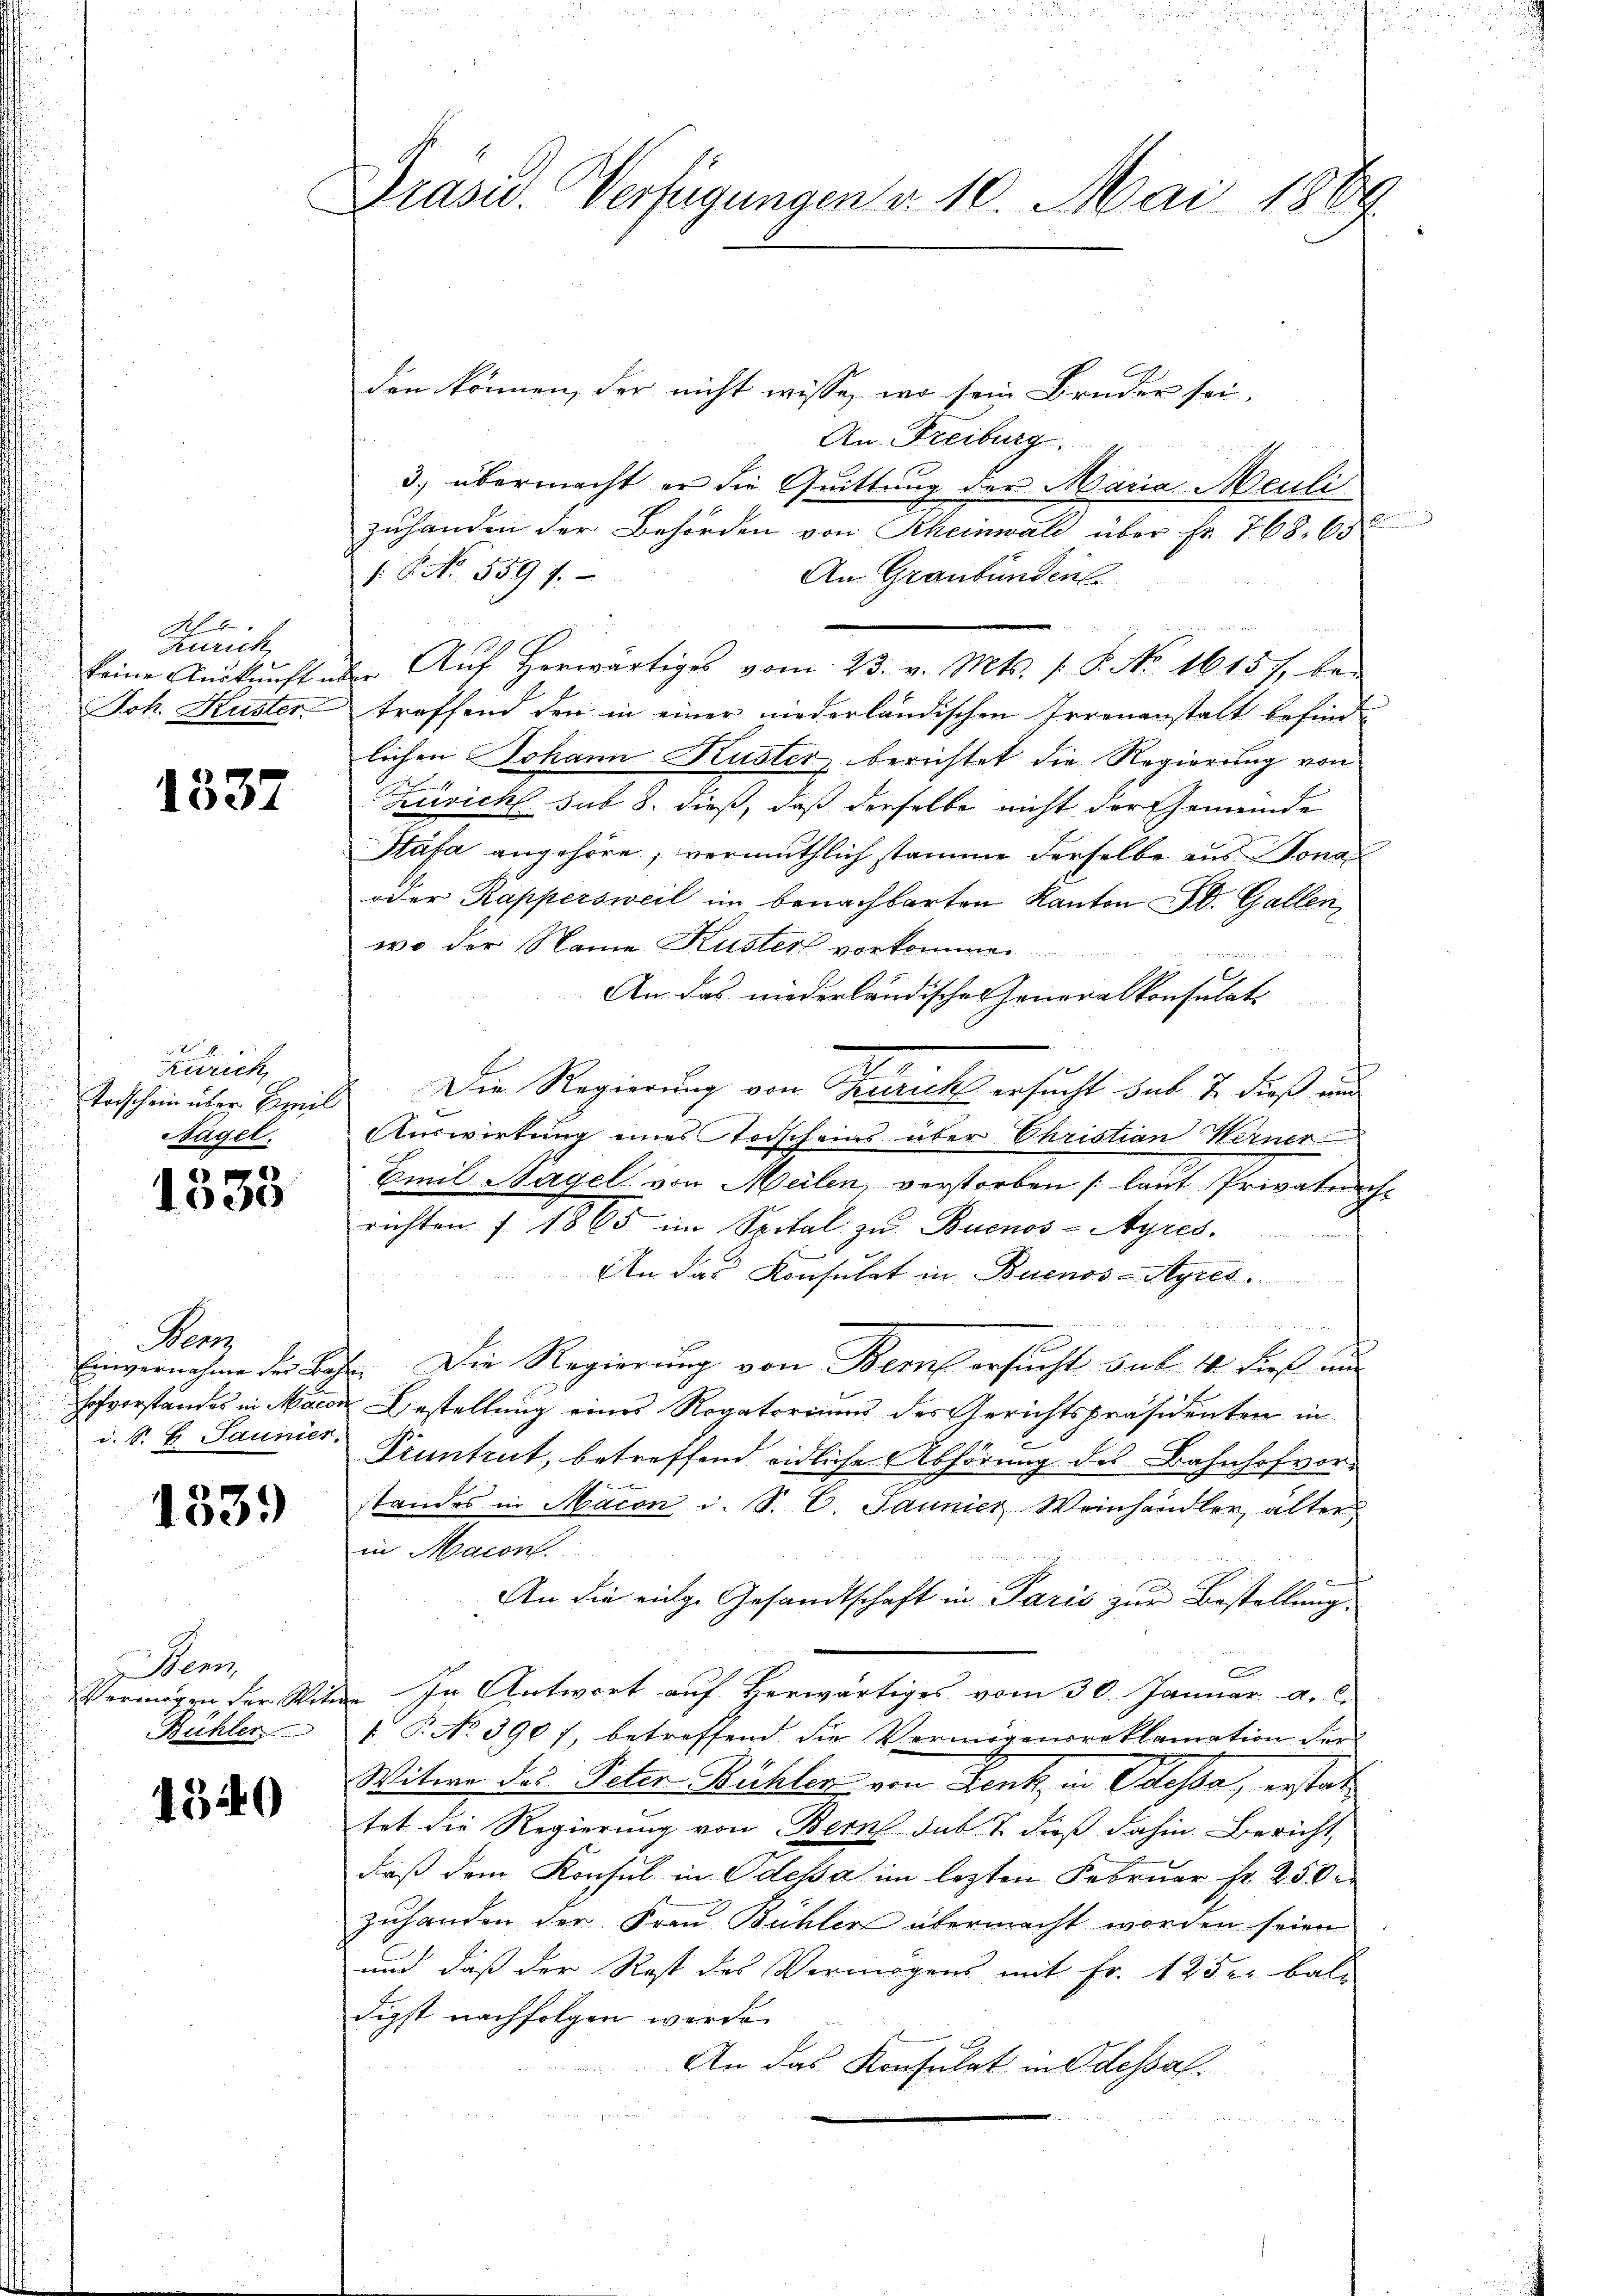
Schu
Zürich
keine Auskunft un
Joh. Kuster

1537

4
zurich
Todschein über Famil
Nagel.

1000

Kanz
Einvernahme der Bah
Hofverstandes in Macon
d. S. E Jaunier.

1339)

Wenz
Vermögen der Witt
Bühler

4540

Präsid. Verfügungen v. 10. Mai 1889

den können, der nicht wisse, wo sein Bruder sei.
An Freiburg
3., übermacht er die Quittung der Maria Meuli
zŭhanden der Behörden von Rheinwald über Fr. 768. 65
.P. Nr. 559 f.
An Graubündens
Aŭf herwärtiges vom 23. v. Mts. f. P. No. 1615), bei
er
treffend den in einer niederländischen Irrenanstalt befind
lichen Johann Kuster berichtet die Regierung von

Zusich sub 8. dieß, daß derselbe nicht der Gemeinde
Stäfa angehöre, vermuthlich stamme derselbe aus Jonas
oder Rappersweil im benachbarten Kanton A. Gallen
wo der Name Küster vorkommen
E
An das niederländisches Generalkonsulats
Die Regierung von Terrich ersucht sub 7. dieß und
Auswirtung eines Todscheins über Christian Werner
Emil Hagel von Meilen, verstorben (laut Privatnach-
richten § 1865 im Spital zu Buenos-Ayres
An das Konsulat in Buenos-Ayres

Die Regierung von Bern ersucht sub 14 dieß au
t
Biestellung eines Rogatoriums des Gerichtspräsidenten in
Pruntrut, betreffend eidliche Abhörung des Bahnhofvorstandes in Macon i. S. E Jaunier Weinhändler alter
in Maion.
f
An die einge Gesandtschaft in Paris zur Bestellung
A
" In Antwort auf Herwärtiges vom 30. Januar a. c.
 P. No. 3901, betreffend die Vermögensreklamation der
Witwe des Peter Bühler von Lenk, in Odessa, erstatt
tet die Regierung von Bern das S. dieß dahin. Bericht,
daß dem Konsul in Odessa im lezten Februar fr. 250
zuhanden der Frau Bühlen übermacht worden seien
und daß der Rost des Vermögens mit Fr. 12 der bal-
digst nachfolgen werde.
An das Konsulat in Odessal.